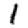
Digit: 1